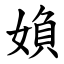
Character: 媍